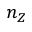
n _ { Z }